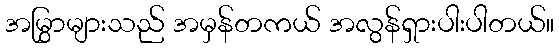
အမြွှာများသည် အမှန်တကယ် အလွန်ရှားပါးပါတယ်။